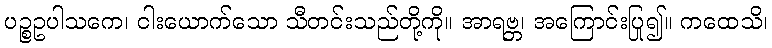
ပဉ္စဥပါသကေ၊ ငါးယောက်သော သီတင်းသည်တို့ကို။ အာရဗ္ဘ၊ အကြောင်းပြု၍။ ကထေသိ၊